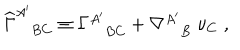
LaTeX: { \widehat \Gamma } _ { B C } ^ { A ^ { \prime } } \equiv \Gamma _ { B C } ^ { A ^ { \prime } } + \nabla _ { B } ^ { A ^ { \prime } } \; \nu _ { C } \; ,